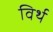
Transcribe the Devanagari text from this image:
विर्थ